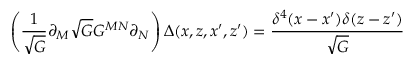
\left( \frac { 1 } { \sqrt { G } } \partial _ { M } \sqrt { G } G ^ { M N } \partial _ { N } \right) \Delta ( x , z , x ^ { \prime } , z ^ { \prime } ) = \frac { \delta ^ { 4 } ( x - x ^ { \prime } ) \delta ( z - z ^ { \prime } ) } { \sqrt { G } }